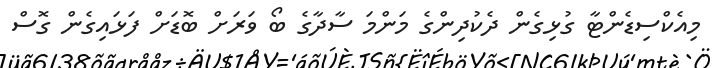
މިއެކްސިޑެންޓާ ގުޅިގެން ދެކުދިންގެ މަންމަ ސާދާގެ ބޯ ވަރަށް ބޮޑަށް ފަޅައިގެން ގޮސް